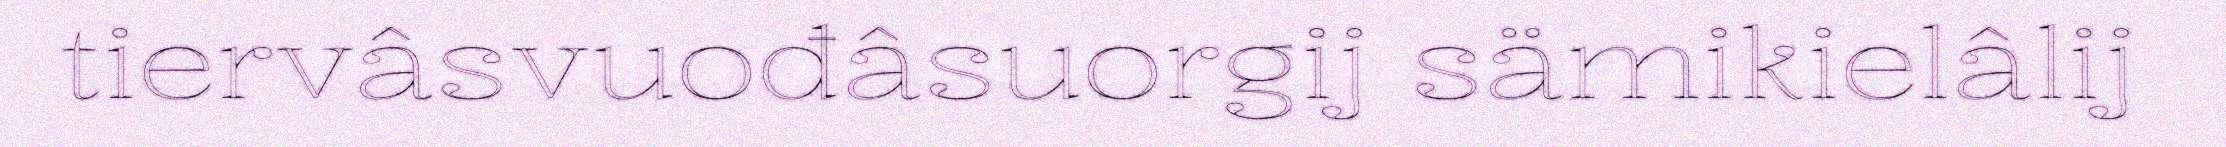
tiervâsvuođâsuorgij sämikielâlij